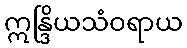
ဣန္ဒြိယသံဝရာယ